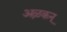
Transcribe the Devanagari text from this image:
अऴकन्